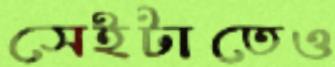
সেইটাতেও